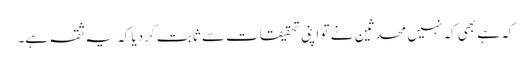
کہ ہے بھی کہ نہیں محدثین نے تو اپنی تحقیقات سے ثابت کردیا کہ یہ ثقہ ہے۔